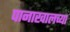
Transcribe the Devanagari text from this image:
पानाखालच्या